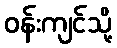
ဝန်းကျင်သို့